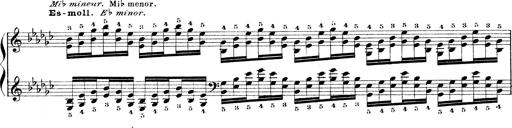
Title: Technische Studien
Composer: Franz Liszt